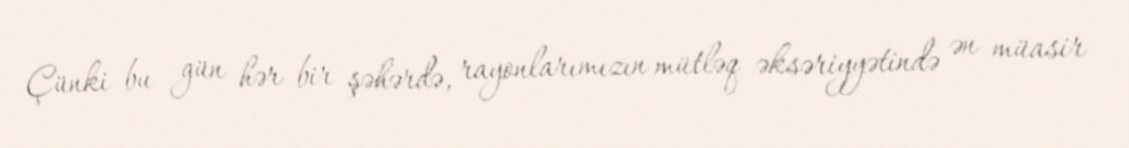
Çünki bu gün hər bir şəhərdə, rayonlarımızın mütləq əksəriyyətində ən müasir